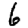
Digit: 6